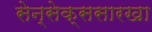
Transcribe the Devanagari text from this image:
सेन्सेक्ससारखा